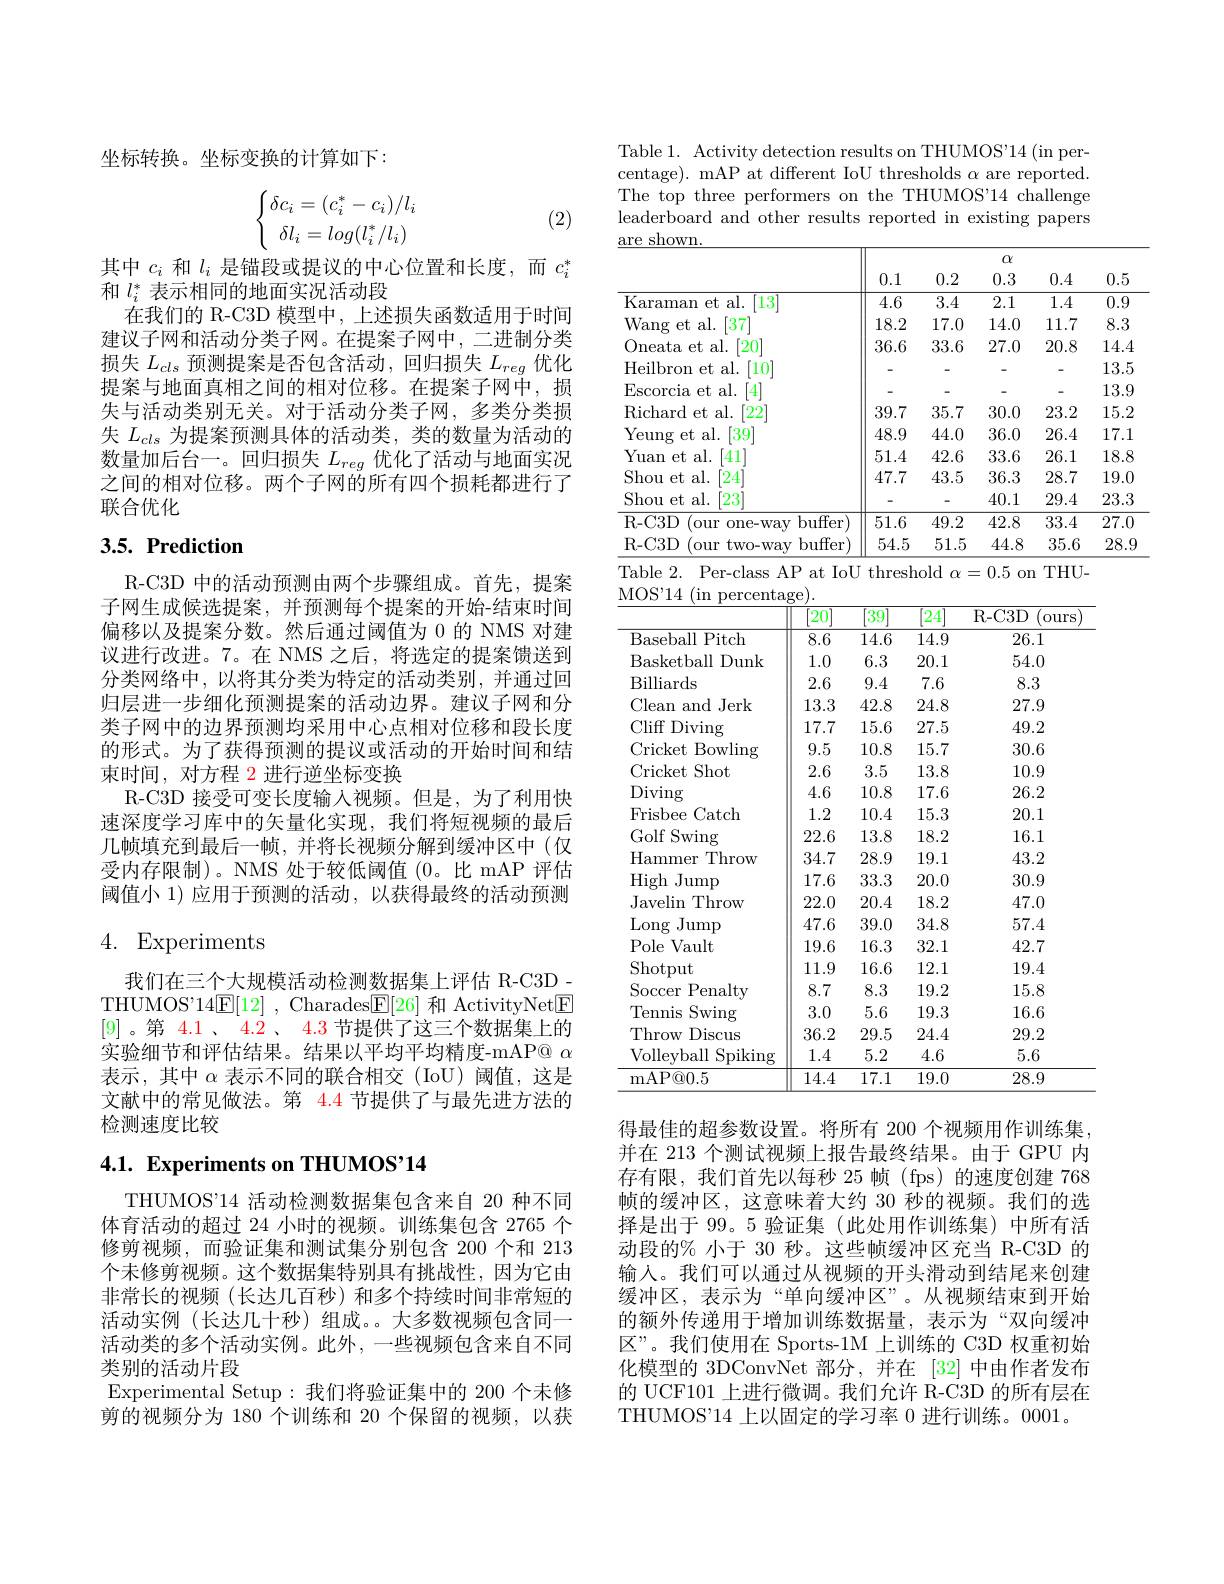
坐标转换。坐标变换的计算如下：
$$\left\{\begin{matrix}\delta c_i=(c_i^*-c_i)/l_i\\\delta l_i=log(l_i^*/l_i)\end{matrix}\right.$$
(2)

其中$c_i$和$l_i$是锚段或提议的中心位置和长度，而$c_i^*$
和$l_i^*$表示相同的地面实况活动段
在我们的 R-C3D 模型中，上述损失函数适用于时间建议子网和活动分类子网。在提案子网中，二进制分类损失$L_cls$预测提案是否包含活动，回归损失$L_reg$优化提案与地面真相之间的相对位移。在提案子网中，损失与活动类别无关。对于活动分类子网，多类分类损失$L_{cls}$为提案预测具体的活动类，类的数量为活动的数量加后台一。回归损失$L_reg$优化了活动与地面实况之间的相对位移。两个子网的所有四个损耗都进行了联合优化

## $3. 5. \textbf{ Prediction}$

R-C3D 中的活动预测由两个步骤组成。首先，提案子网生成候选提案，并预测每个提案的开始-结束时间偏移以及提案分数。然后通过阈值为 0 的 NMS 对建议进行改进。7。在 NMS 之后，将选定的提案馈送到分类网络中，以将其分类为特定的活动类别，并通过回归层进一步细化预测提案的活动边界。建议子网和分类子网中的边界预测均采用中心点相对位移和段长度的形式。为了获得预测的提议或活动的开始时间和结束时间，对方程 2 进行逆坐标变换
R-C3D 接受可变长度输入视频。但是，为了利用快速深度学习库中的矢量化实现，我们将短视频的最后几帧填充到最后一帧，并将长视频分解到缓冲区中(仅受内存限制)。NMS 处于较低阈值(0。比 mAP 评估阈值小 1)应用于预测的活动，以获得最终的活动预测

# 4. Experiments

我们在三个大规模活动检测数据集上评估 R-C3D - THUMOS'$14\underline {\mathrm{E} }[ 12]$ , Charades$\underline{\mathrm{E}}[26]$和 ActivityNet$\underline{\mathrm{E}}$ [9]。第 4.1、4.2、4.3节提供了这三个数据集上的实验细节和评估结果。结果以平均平均精度-mAP@ $\alpha$ 表示，其中$\alpha$表示不同的联合相交(IoU)阈值，这是文献中的常见做法。第 4.4 节提供了与最先进方法的检测速度比较

# 4.1. Experiments on THUMOS'14

THUMOS"14 活动检测数据集包含来自 20 种不同体育活动的超过 24 小时的视频。训练集包含 2765 个修剪视频，而验证集和测试集分别包含 200 个和 213个未修剪视频。这个数据集特别具有挑战性，因为它由非常长的视频(长达几百秒)和多个持续时间非常短的活动实例(长达几十秒)组成。。大多数视频包含同一活动类的多个活动实例。此外，一些视频包含来自不同类别的活动片段
Experimental Setup:我们将验证集中的 200 个未修剪的视频分为 180 个训练和 20 个保留的视频，以获

Table 1. Activity detection results on THUMOS'14 (in percentage). mAP at different IoU thresholds $\alpha$ are reported. The top three performers on the THUMOS'14 challenge leaderboard and other results reported in existing papers
shown

<table>
	<tbody>
		<tr>
			<th> </th>
			<th colspan="5">$\alpha$</th>
		</tr>
		<tr>
			<th> </th>
			<th>0.1</th>
			<th>0.2</th>
			<th>0.3</th>
			<th>0.4</th>
			<th>0.5</th>
		</tr>
		<tr>
			<td>Karaman et al. $\lceil13\rceil$</td>
			<td>4.6</td>
			<td>3.4</td>
			<td>2.1</td>
			<td>1.4</td>
			<td>0.9</td>
		</tr>
		<tr>
			<td>Wang et al. $\lceil37\rceil$</td>
			<td>18.2</td>
			<td>17.0</td>
			<td>14.0</td>
			<td>11.7</td>
			<td>8.3</td>
		</tr>
		<tr>
			<td>Oneata et al. $[20^{.}]$</td>
			<td>36.6</td>
			<td>33.6</td>
			<td>27.0</td>
			<td>20.8</td>
			<td>14.4</td>
		</tr>
		<tr>
			<td>Heilbron et al. [10]</td>
			<td> </td>
			<td> </td>
			<td> </td>
			<td> </td>
			<td>13.5</td>
		</tr>
		<tr>
			<td>Escorcia et al. [4]</td>
			<td> </td>
			<td> </td>
			<td> </td>
			<td> </td>
			<td>13.9</td>
		</tr>
		<tr>
			<td>Richard et al. [22]</td>
			<td>39.7</td>
			<td>35.7</td>
			<td>30.0</td>
			<td>23.2</td>
			<td>15.2</td>
		</tr>
		<tr>
			<td>[39] Yeung et al.</td>
			<td>48.9</td>
			<td>44.0</td>
			<td>36.0</td>
			<td>26.4</td>
			<td>17.1</td>
		</tr>
		<tr>
			<td>Yuan et al. $\left[41\right.^{\prime}$</td>
			<td>51.4</td>
			<td>42.6</td>
			<td>33.6</td>
			<td>26.1</td>
			<td>18.8</td>
		</tr>
		<tr>
			<td>Shou et al. [24]</td>
			<td>47.7</td>
			<td>43.5</td>
			<td>36.3</td>
			<td>28.7</td>
			<td>19.0</td>
		</tr>
		<tr>
			<td>[23] Shou et al.</td>
			<td> </td>
			<td>-</td>
			<td>40.1</td>
			<td>29.4</td>
			<td>23.3</td>
		</tr>
		<tr>
			<td>R- C3D (our $o$ one-wav buffer)</td>
			<td>51.6</td>
			<td>49.2</td>
			<td>42.8</td>
			<td>33.4</td>
			<td>27.0</td>
		</tr>
		<tr>
			<td>R- C3D (our two-wav buffer)</td>
			<td>54.5</td>
			<td>51.5</td>
			<td>44.8</td>
			<td>35.6</td>
			<td>28.9</td>
		</tr>
	</tbody>
</table>

MOS" 14 ( in percentage)
<table>
	<tbody>
		<tr>
			<th> </th>
			<th>20</th>
			<th>$\lceil39\rceil$</th>
			<th>$\lceil24\rceil$</th>
			<th>R- C3D ours</th>
		</tr>
		<tr>
			<td>Baseball l Pitch</td>
			<td>8.6</td>
			<td>14.6</td>
			<td>14.9</td>
			<td>26.1</td>
		</tr>
		<tr>
			<td>Basketball Dunk</td>
			<td>1.0</td>
			<td>6.3</td>
			<td>20.1</td>
			<td>54.0</td>
		</tr>
		<tr>
			<td>Billiards</td>
			<td>2.6</td>
			<td>9.4</td>
			<td>7.6</td>
			<td>8.3</td>
		</tr>
		<tr>
			<td>Clean and Jerk</td>
			<td>13.3</td>
			<td>42.8</td>
			<td>24.8</td>
			<td>27.9</td>
		</tr>
		<tr>
			<td>Cliff Diving</td>
			<td>17.7</td>
			<td>15.6</td>
			<td>27.5</td>
			<td>49.2</td>
		</tr>
		<tr>
			<td>Cricket Bowling</td>
			<td>9.5</td>
			<td>10.8</td>
			<td>15.7</td>
			<td>30.6</td>
		</tr>
		<tr>
			<td>Cricket Shot</td>
			<td>2.6</td>
			<td>3.5</td>
			<td>13.8</td>
			<td>10.9</td>
		</tr>
		<tr>
			<td>Diving</td>
			<td>4.6</td>
			<td>10.8</td>
			<td>17.6</td>
			<td>26.2</td>
		</tr>
		<tr>
			<td>Frisbee Catch</td>
			<td>1.2</td>
			<td>10.4</td>
			<td>15.3</td>
			<td>20.1</td>
		</tr>
		<tr>
			<td>Golf f Swing</td>
			<td>22.6</td>
			<td>13.8</td>
			<td>18.2</td>
			<td>16.1</td>
		</tr>
		<tr>
			<td>Hammer Throw</td>
			<td>34.7</td>
			<td>28.9</td>
			<td>19.1</td>
			<td>43.2</td>
		</tr>
		<tr>
			<td>High Jump</td>
			<td>17.6</td>
			<td>33.3</td>
			<td>20.0</td>
			<td>30.9</td>
		</tr>
		<tr>
			<td>Javelin Throw</td>
			<td>22.0</td>
			<td>20.4</td>
			<td>18.2</td>
			<td>47.0</td>
		</tr>
		<tr>
			<td>Long Jump</td>
			<td>47.6</td>
			<td>39.0</td>
			<td>34.8</td>
			<td>57.4</td>
		</tr>
		<tr>
			<td>Pole Vault</td>
			<td>19.6</td>
			<td>16.3</td>
			<td>32.1</td>
			<td>42.7</td>
		</tr>
		<tr>
			<td>Shotput</td>
			<td>11.9</td>
			<td>16.6</td>
			<td>12.1</td>
			<td>19.4</td>
		</tr>
		<tr>
			<td>Soccer Penalty</td>
			<td>8.7</td>
			<td>8.3</td>
			<td>19.2</td>
			<td>15.8</td>
		</tr>
		<tr>
			<td>Tennis Swing</td>
			<td>3.0</td>
			<td>5.6</td>
			<td>19.3</td>
			<td>16.6</td>
		</tr>
		<tr>
			<td>Throw Discus</td>
			<td>36.2</td>
			<td>29.5</td>
			<td>24.4</td>
			<td>29.2</td>
		</tr>
		<tr>
			<td>Volleyball Spiking</td>
			<td>1.4</td>
			<td>5.2</td>
			<td>4.6</td>
			<td>5.6</td>
		</tr>
		<tr>
			<td>mAP@ 0. 5</td>
			<td>14.4</td>
			<td>17.1</td>
			<td>19.0</td>
			<td>28.9</td>
		</tr>
	</tbody>
</table>

得最佳的超参数设置。将所有 200 个视频用作训练集， 并在 213 个测试视频上报告最终结果。由于 GPU 内存有限，我们首先以每秒 25 帧(fps)的速度创建 768帧的缓冲区，这意味着大约 30 秒的视频。我们的选择是出于 99。5 验证集 (此处用作训练集)中所有活动段的% 小于 30 秒。这些帧缓冲区充当 R-C3D 的输入。我们可以通过从视频的开头滑动到结尾来创建缓冲区，表示为“单向缓冲区”。从视频结束到开始的额外传递用于增加训练数据量，表示为“双向缓冲区”。我们使用在 Sports-1M 上训练的 C3D 权重初始化模型的 3DConvNet 部分，并在[32]中由作者发布的 UCF101 上进行微调。我们允许 R-C3D 的所有层在THUMOS"14 上以固定的学习率 0 进行训练。0001。